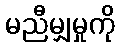
မညီမျှမှုကို